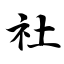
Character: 社